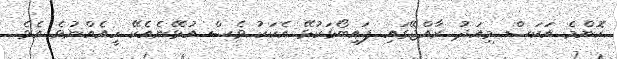
ކޮންމެ އަކަސް މިއަދު ރާއްޖޭގައި ފައިބޯޅަކުޅޭ އެކަކު ވެސް އުޅޭނެއެކޭ ހީއެއްނުވެ އެވެ.